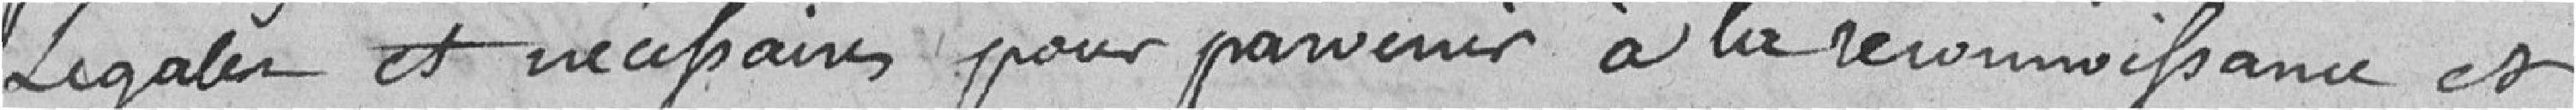
légales et nécessaires pour parvenir à la reconnaissance et